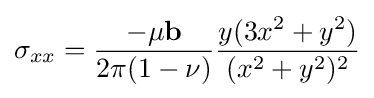
\sigma _{xx}={\frac {-\mu \mathbf {b} }{2\pi (1-\nu )}}{\frac {y(3x^{2}+y^{2})}{(x^{2}+y^{2})^{2}}}